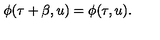
\phi ( \tau + \beta , u ) = \phi ( \tau , u ) .